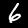
Digit: 6